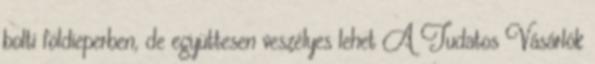
bolti földieperben, de együttesen veszélyes lehet A Tudatos Vásárlók